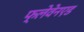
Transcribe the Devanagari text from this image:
फ्लेवेनएड